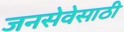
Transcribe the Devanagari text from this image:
जनसेवेसाठी